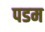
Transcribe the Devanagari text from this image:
पडम